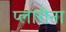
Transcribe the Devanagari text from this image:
प्लारीना